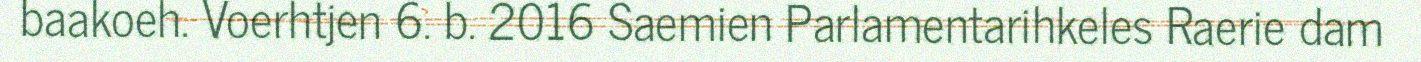
baakoeh. Voerhtjen 6. b. 2016 Saemien Parlamentarihkeles Raerie dam